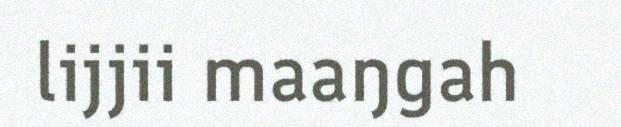
lijjii maaŋgah